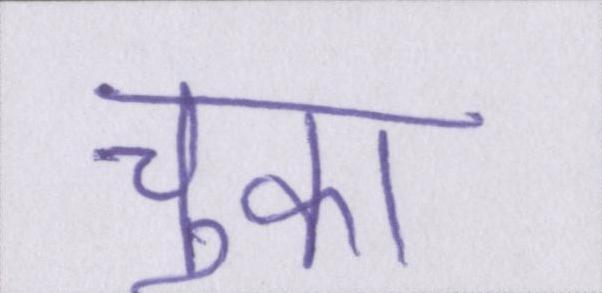
चुका